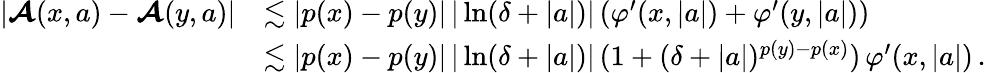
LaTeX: \begin{array}{r}{\begin{array}{rl}{\vert\boldsymbol{\mathcal{A}}(x,a)-\boldsymbol{\mathcal{A}}(y,a)\vert}&{\lesssim\vert p(x)-p(y)\vert\, \vert\ln(\delta+\vert a\vert)\vert\, (\varphi^{\prime}(x,\vert a\vert)+\varphi^{\prime}(y,\vert a\vert))}\\ &{\lesssim\vert p(x)-p(y)\vert\, \vert\ln(\delta+\vert a\vert)\vert\, (1+(\delta+\vert a\vert)^{p(y)-p(x)})\, \varphi^{\prime}(x,\vert a\vert)\, .}\end{array}}\end{array}